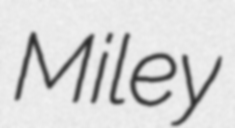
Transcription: Miley